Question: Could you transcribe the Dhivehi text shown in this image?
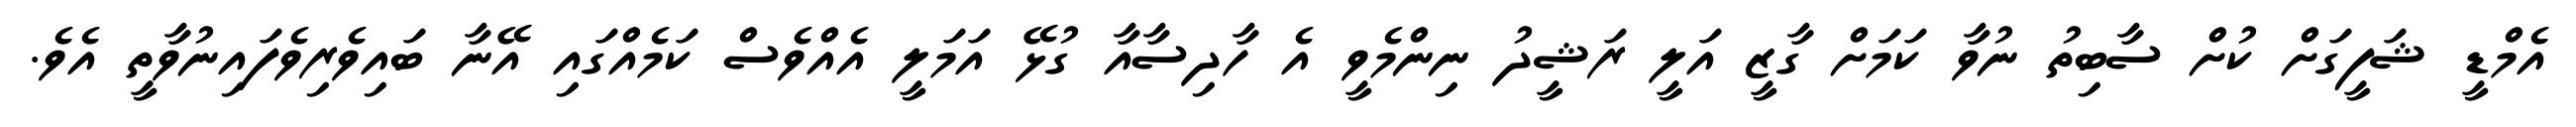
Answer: އެމްޑީ ޝަފީގަށް ކުށް ސާބިތު ނުވާ ކަމަށް ގާޒީ އަލީ ރަޝީދު ނިންމެވީ އެ ހާދިސާއާ ގުޅޭ އަމަލީ އެއްވެސް ކަމެއްގައި އޭނާ ބައިވެރިވެފައިނުވާތީ އެވެ.